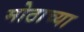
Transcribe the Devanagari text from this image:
मोठाच्या